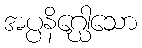
အပ္ပနိဂ္ဃေါသော